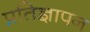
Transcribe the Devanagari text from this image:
प्रतिज्ञापन